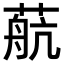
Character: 𦶢